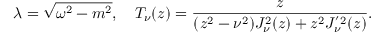
\lambda = \sqrt { \omega ^ { 2 } - m ^ { 2 } } , \quad T _ { \nu } ( z ) = \frac { z } { ( z ^ { 2 } - \nu ^ { 2 } ) J _ { \nu } ^ { 2 } ( z ) + z ^ { 2 } J _ { \nu } ^ { ' 2 } ( z ) } .